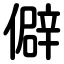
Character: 僻